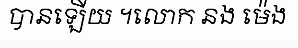
បានឡើយ ។លោក នង ម៉េង